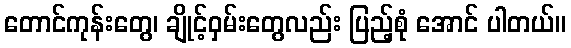
တောင်ကုန်းတွေ၊ ချိုင့်ဝှမ်းတွေလည်း ပြည့်စုံ အောင် ပါတယ်။